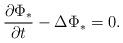
LaTeX: \begin{align*}\frac{\partial \Phi_*}{\partial t}-\Delta \Phi_*=0.\end{align*}